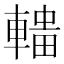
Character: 𰹟